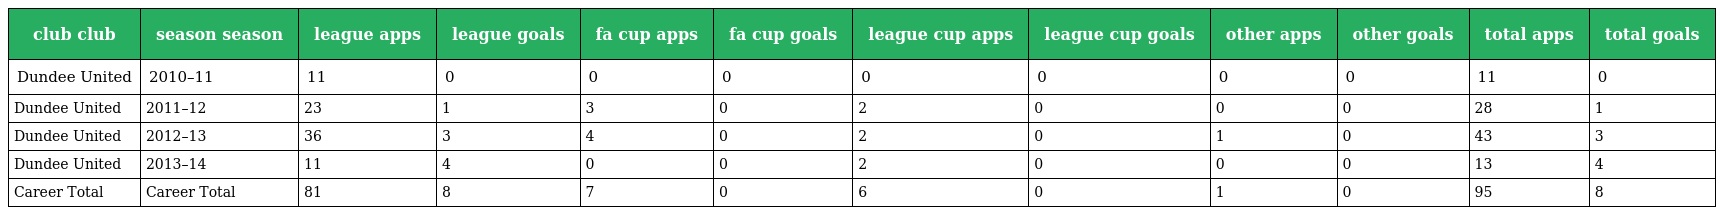
| club club | season season | league apps | league goals | fa cup apps | fa cup goals | league cup apps | league cup goals | other apps | other goals | total apps | total goals |
 | --- | --- | --- | --- | --- | --- | --- | --- | --- | --- | --- | --- |
 | Dundee United | 2010–11 | 11 | 0 | 0 | 0 | 0 | 0 | 0 | 0 | 11 | 0 |
 | Dundee United | 2011–12 | 23 | 1 | 3 | 0 | 2 | 0 | 0 | 0 | 28 | 1 |
 | Dundee United | 2012–13 | 36 | 3 | 4 | 0 | 2 | 0 | 1 | 0 | 43 | 3 |
 | Dundee United | 2013–14 | 11 | 4 | 0 | 0 | 2 | 0 | 0 | 0 | 13 | 4 |
 | Career Total | Career Total | 81 | 8 | 7 | 0 | 6 | 0 | 1 | 0 | 95 | 8 |